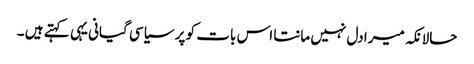
حالانکہ میرا دل نہیں مانتا اس بات کو پر سیاسی گیانی یہی کہتے ہیں ۔